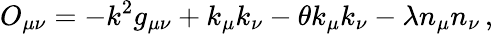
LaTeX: O_{\mu\nu}=-k^{2}g_{\mu\nu}+k_{\mu}k_{\nu}-\theta k_{\mu}k_{\nu}-\lambda n_{\mu}n_{\nu}\, ,